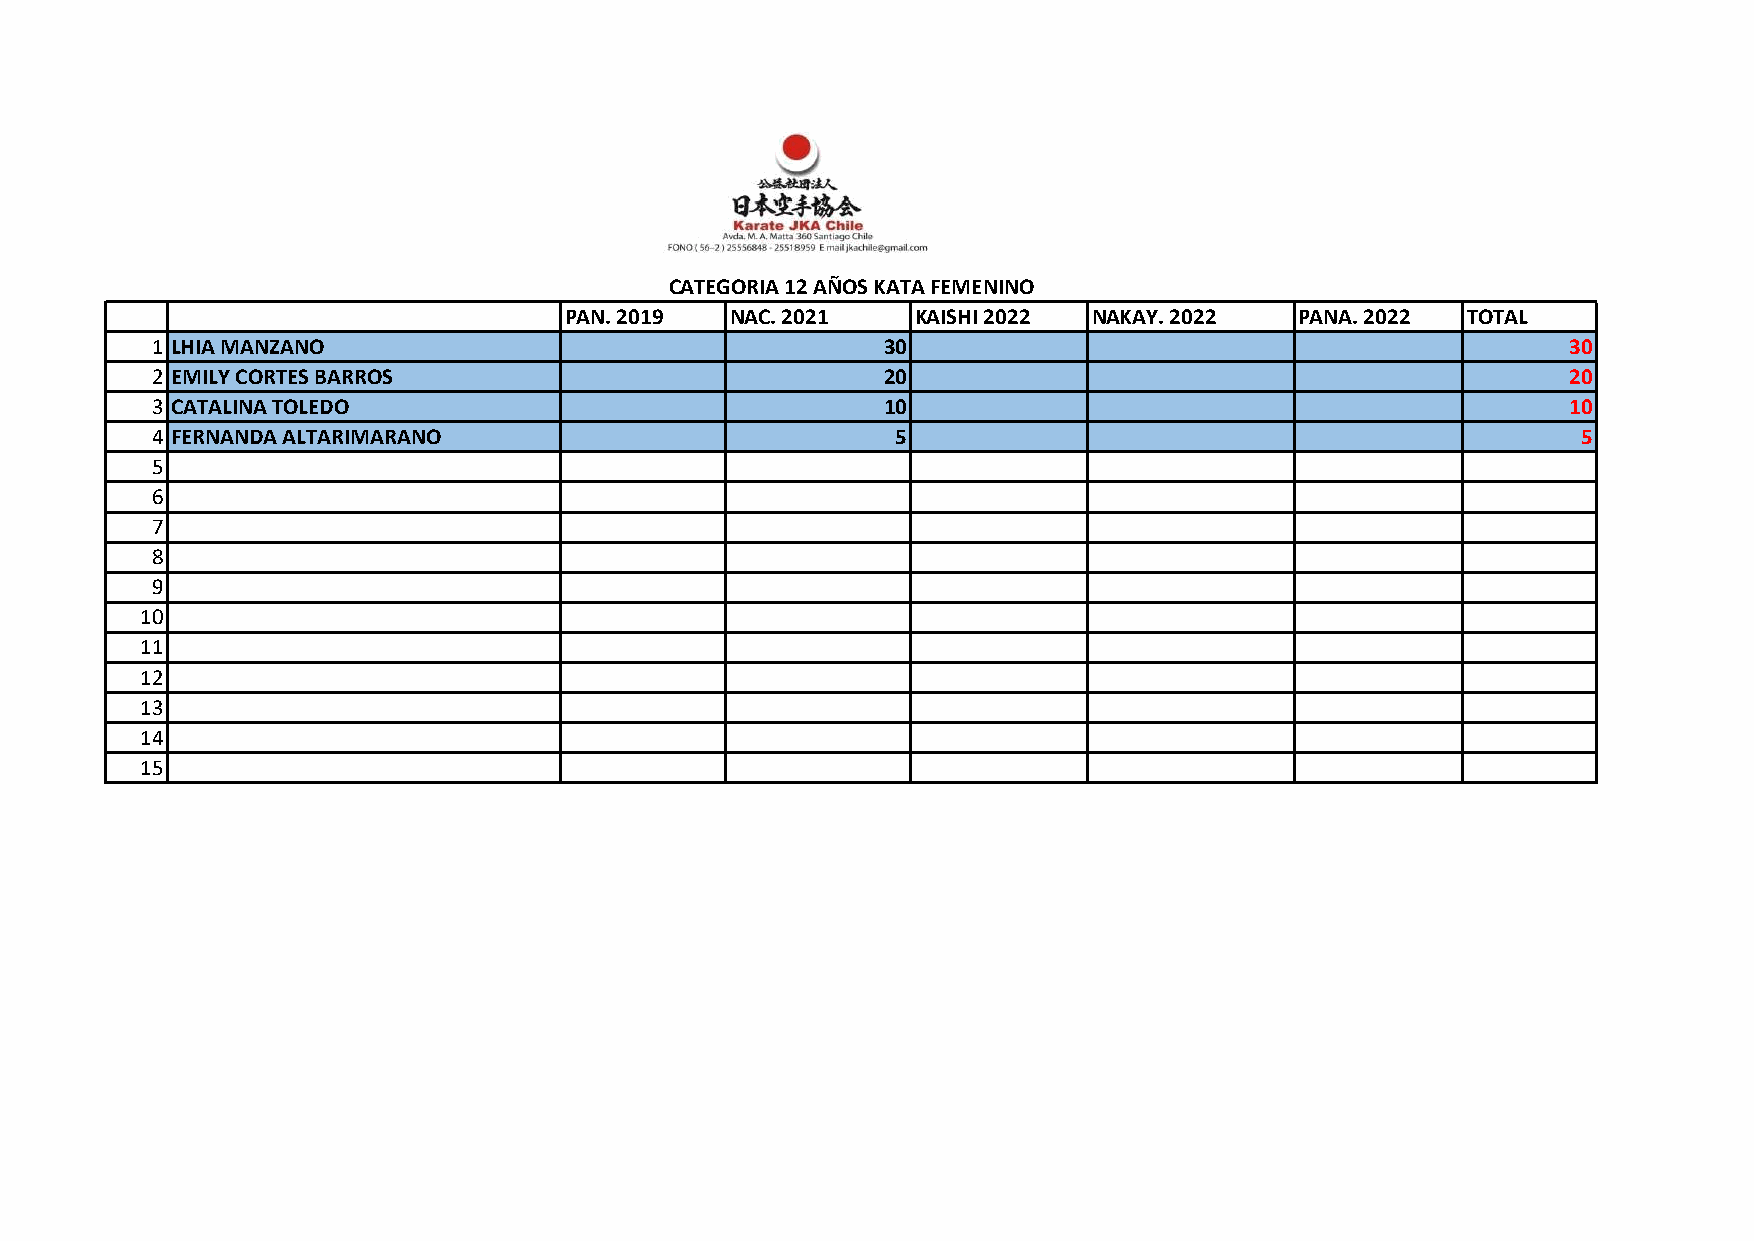
CATEGORIA 12 AÑOS KATA FEMENINO
 PAN. 2019  NAC. 2021    KAISHI 2022 NAKAY. 2022  PANA. 2022 TOTAL
 1 LHIA MANZANO                                  30                                            30
 2 EMILY CORTES BARROS                           20                                            20
 3 CATALINA TOLEDO                               10                                            10
 4 FERNANDA ALTARIMARANO                          5                                             5
 5
 6
 7
 8
 9
 10
 11
 12
 13
 14
 15